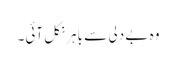
وہ بے دلی سے باہر نکل آئی۔